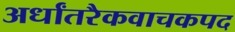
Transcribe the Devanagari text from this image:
अर्धांतरैकवाचकपद